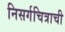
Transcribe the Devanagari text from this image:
निसर्गचित्राची